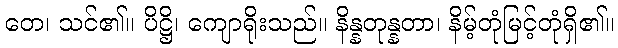
တေ၊ သင်၏။ ပိဋ္ဌိ၊ ကျောရိုးသည်။ နိန္နတုန္နတာ၊ နိမ့်တုံမြင့်တုံရှိ၏။